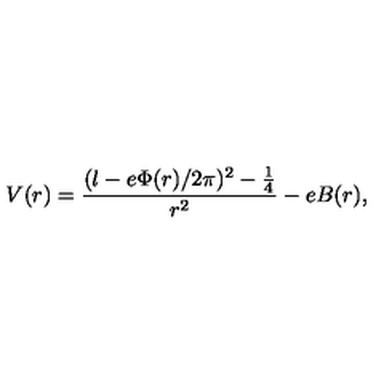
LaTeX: V ( r ) = \frac { ( l - e \Phi ( r ) / 2 \pi ) ^ { 2 } - \frac { 1 } { 4 } } { r ^ { 2 } } - e B ( r ) ,